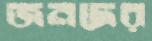
জনদের